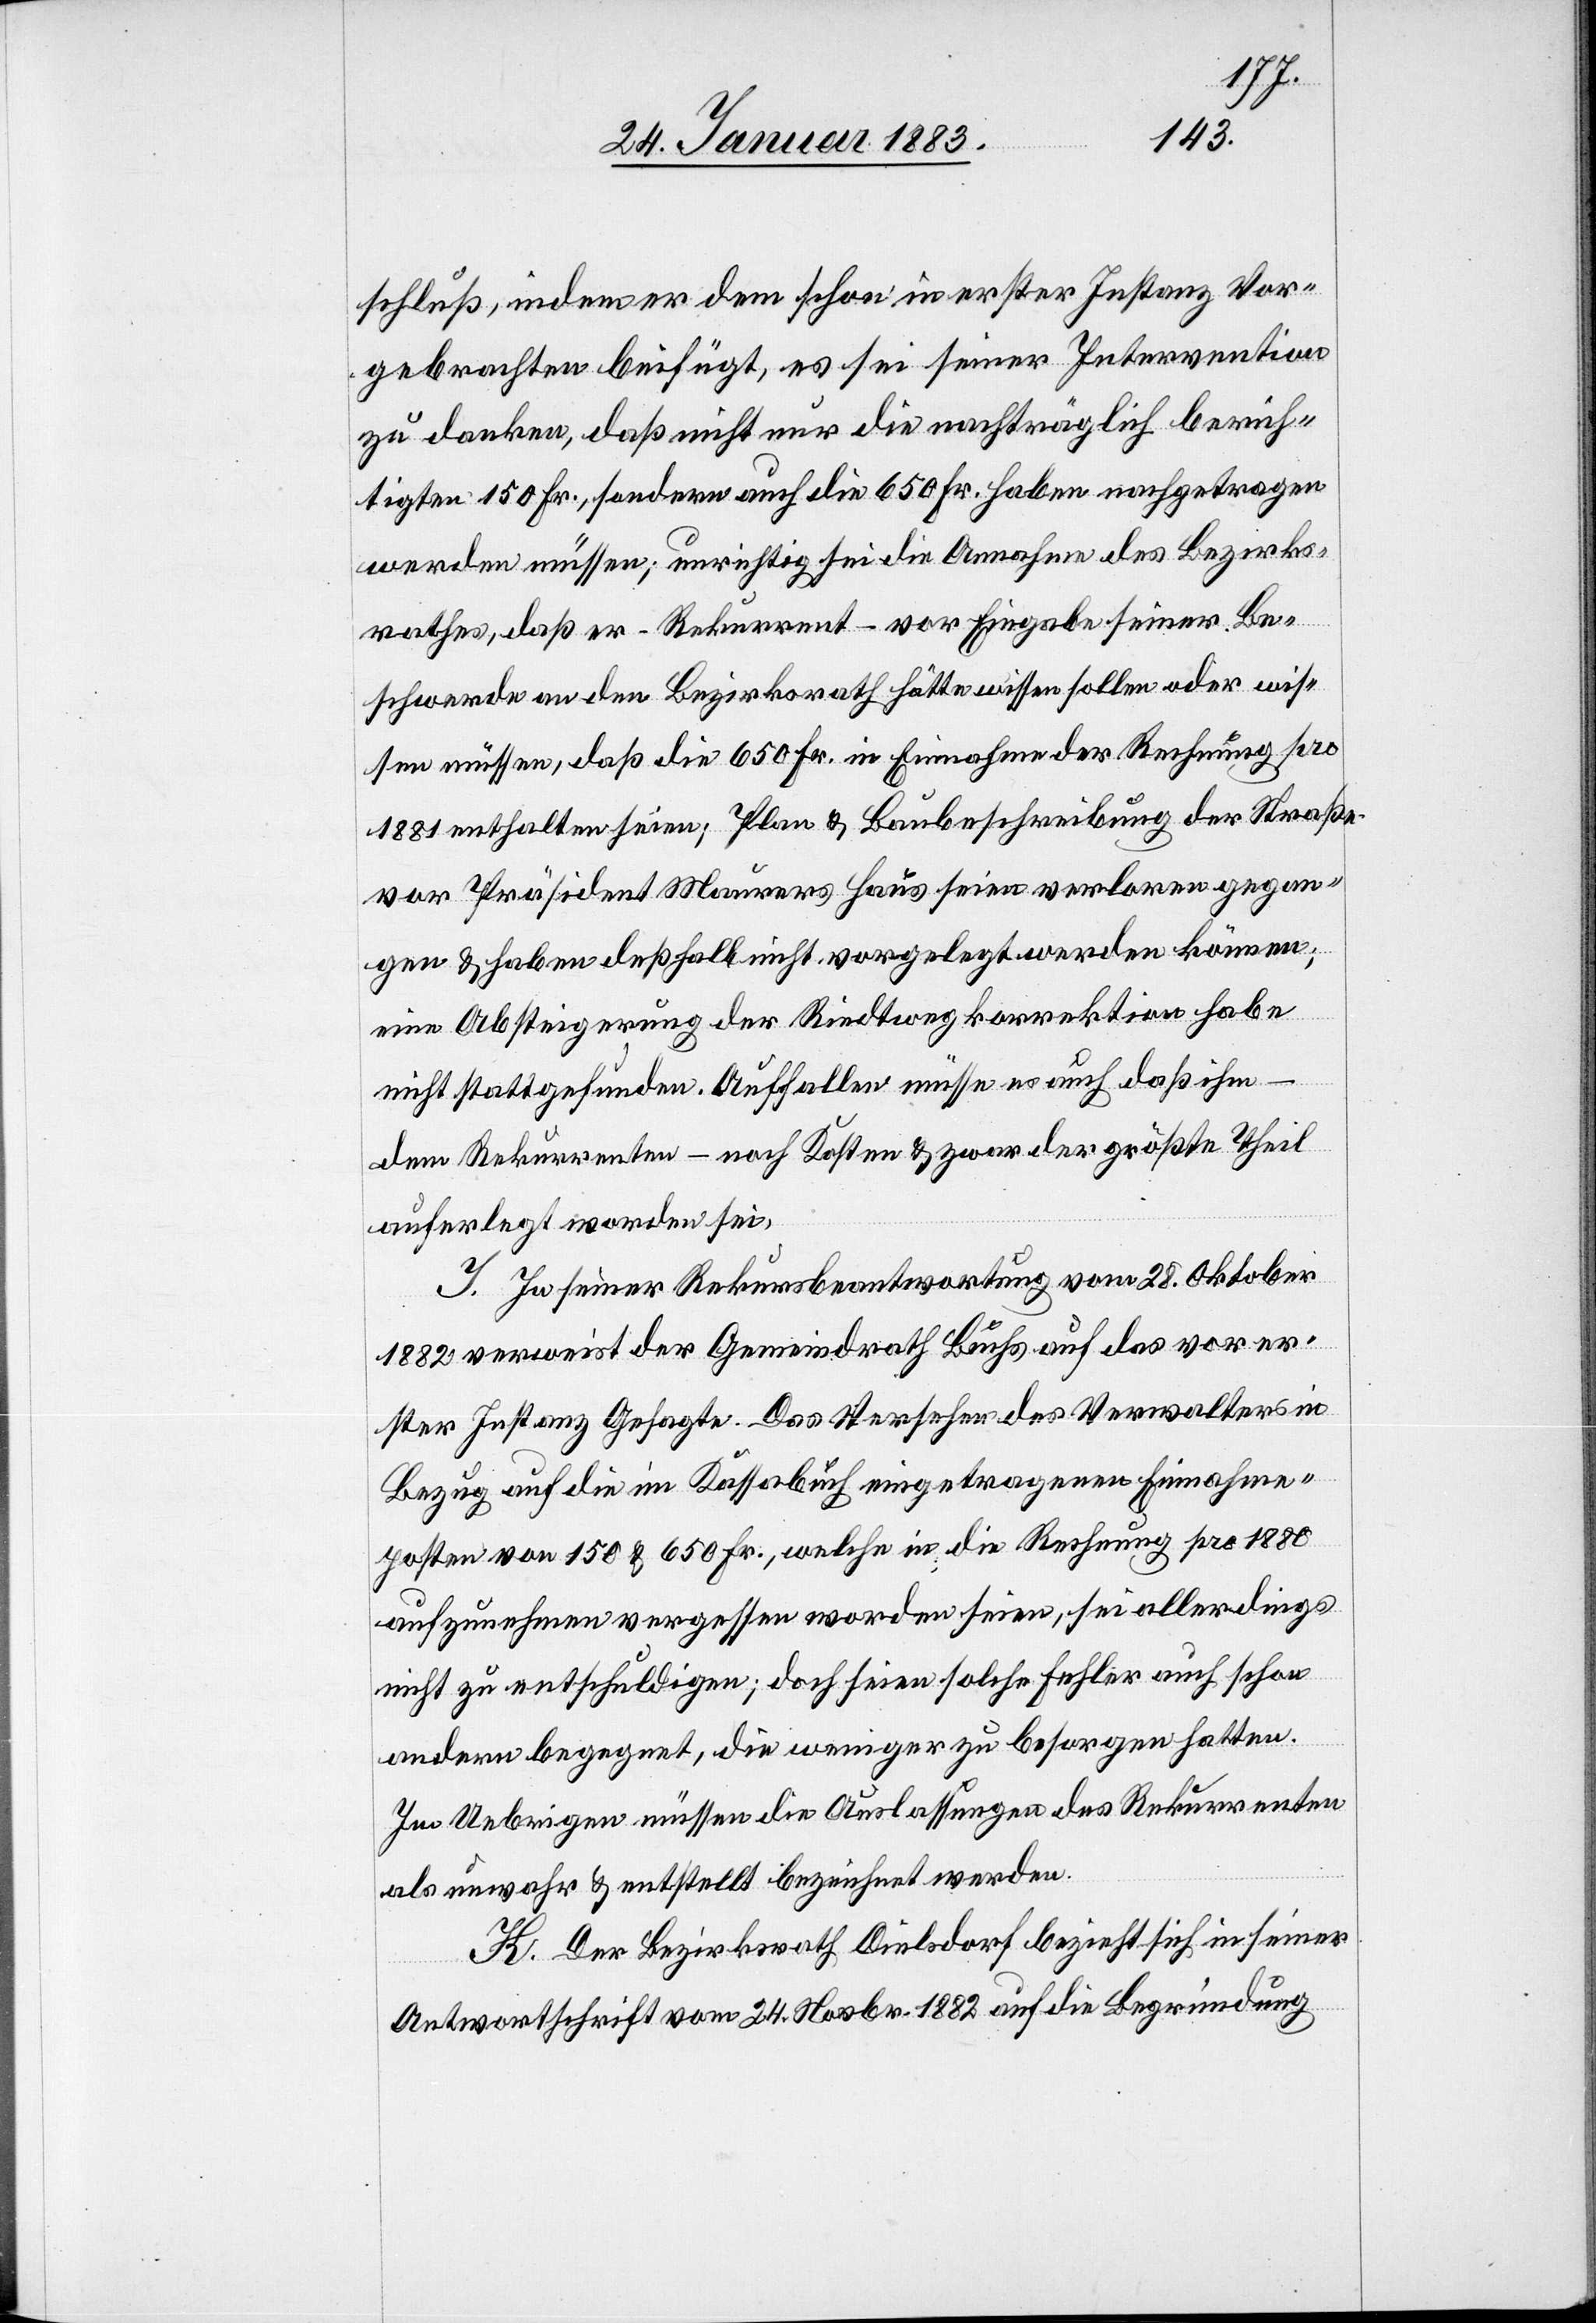
schluß, indem er dem schon in erster Instanz Vor¬
gebrachten beifügt, es sei seiner Intervention
zu danken, daß nicht nur die nachträglich berich¬
tigten 150 Fr., sondern auch die 650 Fr. haben nachgetragen
werden müssen; unrichtig sei die Annahme des Bezirks¬
rathes, daß er – Rekurrent – vor Eingabe seiner Be¬
schwerde an den Bezirksrath hätte wissen sollen oder wis¬
sen müssen, daß die 650 Fr. in Einnahme der Rechnung pro
1881 enthalten seien; Plan & Baubeschreibung der Straße
vor Präsident Maurers Haus seien verloren gegan¬
gen & haben deßhalb nicht vorgelegt werden können;
eine Absteigerung der Riedtwegkorrektion habe
nicht stattgefunden. Auffallen müsse es auch daß ihm –
dem Rekurrenten – noch Kosten & zwar der größte Theil
auferlegt worden sei.
J. In seiner Rekursbeantwortung vom 28. Oktober
1882 verweist der Gemeindrath Buchs auf das vor er¬
ster Instanz Gesagte. Das Versehen des Verwalters in
Bezug auf die im Kassabuch eingetragenen Einnahme¬
posten von 150 & 650 Fr., welche in die Rechnung pro 1880
aufzunehmen vergessen worden seien, sei allerdings
nicht zu entschuldigen; doch seien solche Fehler auch schon
andern begegnet, die weniger zu besorgen hatten.
Im Uebrigen müssen die Auslassungen des Rekurrenten
als unwahr & entstellt bezeichnet werden.
K. Der Bezirksrath Dielsdorf bezieht sich in seiner
Antwortschrift vom 24. Novbr. 1882 auf die Begründung